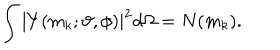
LaTeX: \int \left| Y ( m _ { k } ; \vartheta , \phi ) \right| ^ { 2 } d \Omega = N ( m _ { k } ) .